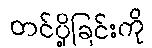
တင်ပို့ခြင်းကို